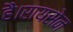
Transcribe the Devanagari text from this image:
है।रायसेन